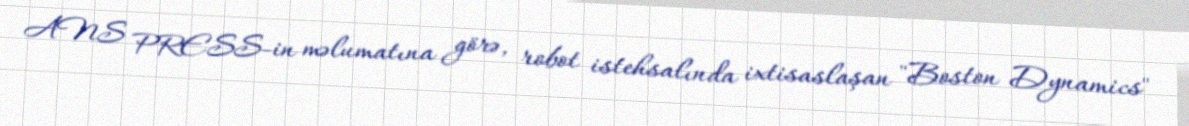
ANS PRESS-in məlumatına görə, robot istehsalında ixtisaslaşan "Boston Dynamics"